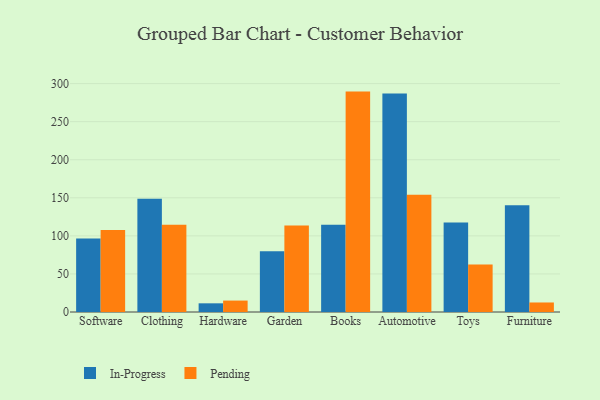
{"axis": {"x": "Category", "y": "Waste Production (Tons)"}, "legend": ["In-Progress", "Pending"], "data": [{"x": "Software", "y": 96.6, "type": "In-Progress"}, {"x": "Software", "y": 107.8, "type": "Pending"}, {"x": "Clothing", "y": 148.8, "type": "In-Progress"}, {"x": "Clothing", "y": 114.5, "type": "Pending"}, {"x": "Hardware", "y": 11.4, "type": "In-Progress"}, {"x": "Hardware", "y": 15.0, "type": "Pending"}, {"x": "Garden", "y": 79.8, "type": "In-Progress"}, {"x": "Garden", "y": 113.7, "type": "Pending"}, {"x": "Books", "y": 114.6, "type": "In-Progress"}, {"x": "Books", "y": 289.5, "type": "Pending"}, {"x": "Automotive", "y": 287.1, "type": "In-Progress"}, {"x": "Automotive", "y": 153.9, "type": "Pending"}, {"x": "Toys", "y": 117.7, "type": "In-Progress"}, {"x": "Toys", "y": 62.3, "type": "Pending"}, {"x": "Furniture", "y": 140.2, "type": "In-Progress"}, {"x": "Furniture", "y": 12.5, "type": "Pending"}]}